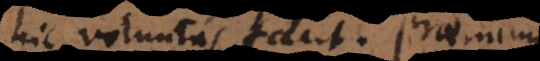
hic voluntas facit. Praemium